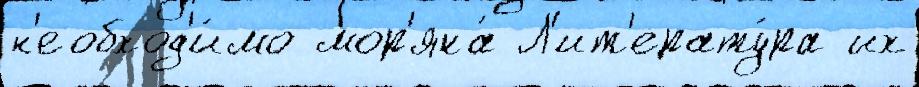
н'еобход'и́мо мор'яка́ Л'ит'ерату́ра их